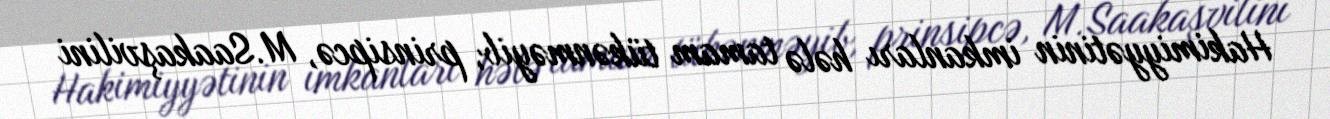
Hakimiyyətinin imkanları hələ tamam tükənməyib, prinsipcə, M.Saakaşvilini